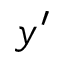
y ^ { \prime }